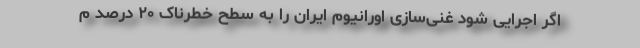
اگر اجرایی شود غنی‌سازی اورانیوم ایران را به سطح خطرناک ۲۰ درصد م